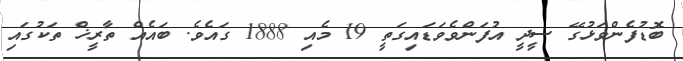
ބޮޑުފެންވަޅުގޭ ސީދީ އުފަންވެވަޑައިގަތީ 19 މެއި 1888 ގައެވެ. ބައެއް ތާރީޚް ތަކުގައި